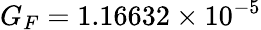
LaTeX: G_{F}=1.16632\times 10^{-5}